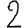
Digit: 2